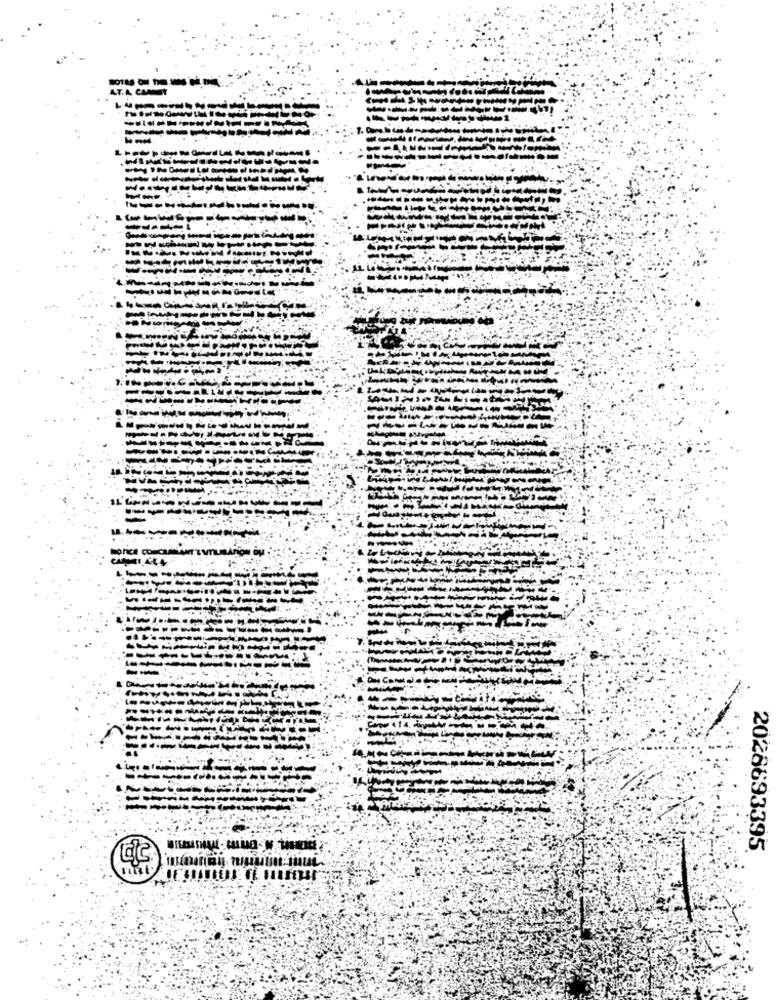
AT.A CLAMENT
HOTICE COUCHANTANTE
2026693395